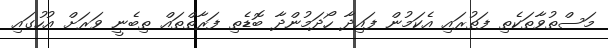
މަސްތުވާތަކެތި ފަތުރައި އެކަމުން ފައިދާ ހޯދަމުންދާ ބޮޑެތި ފަރާތްތައް ތިބެނީ ވަރަށް އުހުގައި